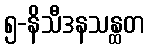
၅-နိသီဒနသန္ထတ